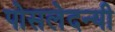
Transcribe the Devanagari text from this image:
पोसलेदन्यी